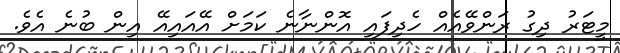
މީޓަރު ދިގު ރަންވޭއެއް ހެދިފައި އޮންނާނެ ކަމަށް އޭއައިއޭ އިން ބުނެ އެވެ.